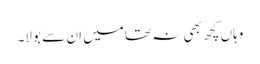
وہاں کچھ بھی نہ تھا میں ان سے بولا۔